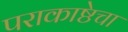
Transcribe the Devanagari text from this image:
पराकाष्ठेचा